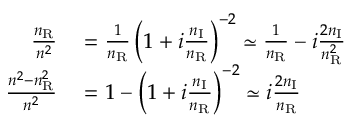
\begin{array} { r l } { \frac { n _ { \mathrm { R } } } { n ^ { 2 } } } & { { } = \frac { 1 } { n _ { \mathrm { R } } } \left( 1 + i \frac { n _ { \mathrm { I } } } { n _ { \mathrm { R } } } \right) ^ { - 2 } \simeq \frac { 1 } { n _ { \mathrm { R } } } - i \frac { 2 n _ { \mathrm { I } } } { n _ { \mathrm { R } } ^ { 2 } } } \\ { \frac { n ^ { 2 } - n _ { \mathrm { R } } ^ { 2 } } { n ^ { 2 } } } & { { } = 1 - \left( 1 + i \frac { n _ { \mathrm { I } } } { n _ { \mathrm { R } } } \right) ^ { - 2 } \simeq i \frac { 2 n _ { \mathrm { I } } } { n _ { \mathrm { R } } } } \end{array}